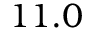
1 1 . 0